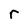
Character: r